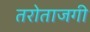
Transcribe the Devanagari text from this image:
तरोताजगी